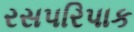
રસપરિપાક